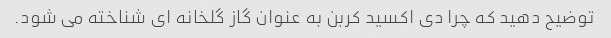
توضیح دهید که چرا دی اکسید کربن به عنوان گاز گلخانه ای شناخته می شود.